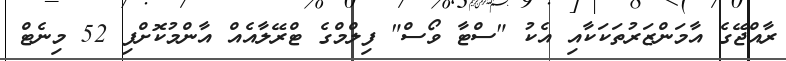
ރާއްޖޭގެ އާމަންޒަރުތަކަކާއި އެކު "ސްޓާ ވޯސް" ފިލްމްގެ ޓްރޭލާއެއް އާންމުކޮށްފި 52 މިނެޓް